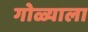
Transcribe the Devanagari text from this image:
गोळ्याला